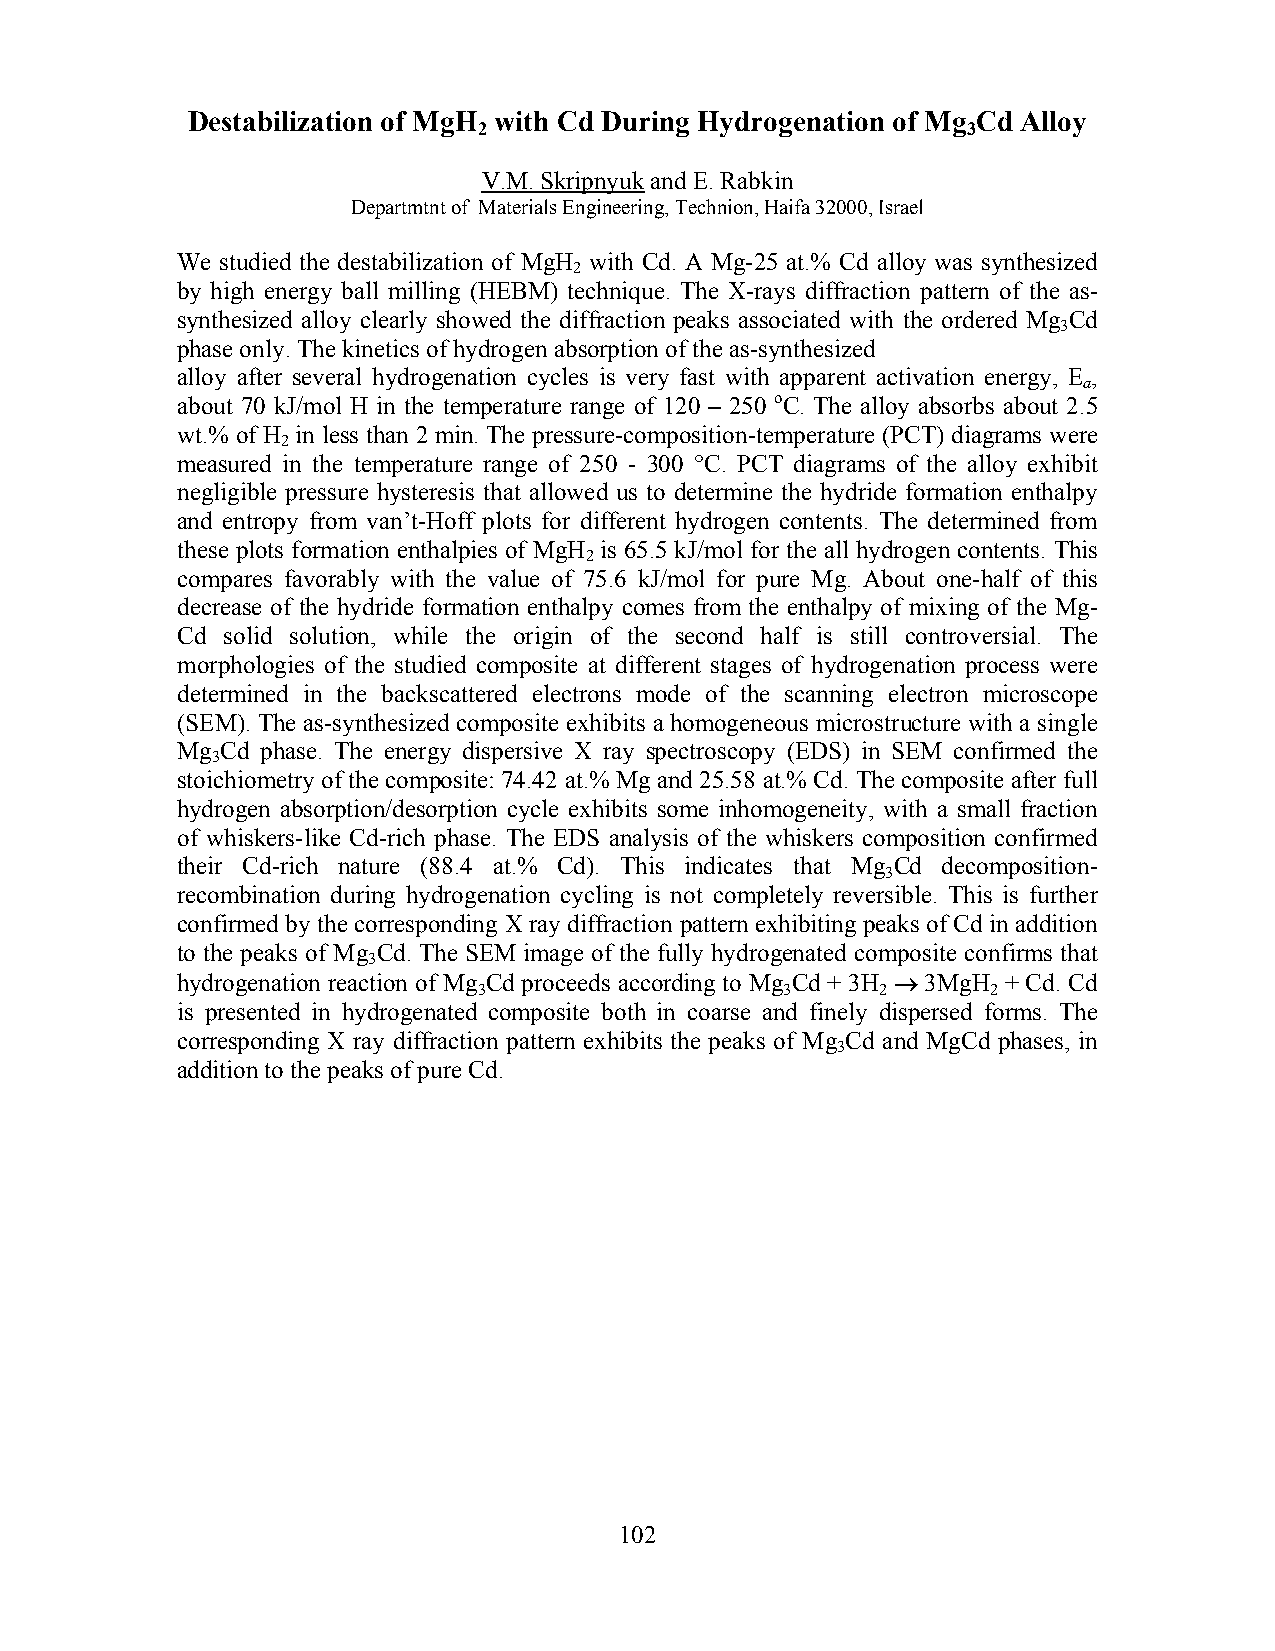
Destabilization of MgH with Cd During Hydrogenation of Mg Cd Alloy
 2                               3
 V.M. Skripnyuk and E. Rabkin
 Departmtnt of Materials Engineering, Technion, Haifa 32000, Israel
 We studied the destabilization of MgH with Cd. A Mg-25 at.% Cd alloy was synthesized
 2
 by high energy ball milling (HEBM) technique. The X-rays diffraction pattern of the as-
 synthesized alloy clearly showed the diffraction peaks associated with the ordered Mg Cd
 3
 phase only. The kinetics of hydrogen absorption of the as-synthesized
 alloy after several hydrogenation cycles is very fast with apparent activation energy, E ,
 a
 about 70 kJ/mol H in the temperature range of 120 – 250 oC. The alloy absorbs about 2.5
 wt.% of H in less than 2 min. The pressure-composition-temperature (PCT) diagrams were
 2
 measured in the temperature range of 250 - 300 °C. PCT diagrams of the alloy exhibit
 negligible pressure hysteresis that allowed us to determine the hydride formation enthalpy
 and entropy from van’t-Hoff plots for different hydrogen contents. The determined from
 these plots formation enthalpies of MgH is 65.5 kJ/mol for the all hydrogen contents. This
 2
 compares favorably with the value of 75.6 kJ/mol for pure Mg. About one-half of this
 decrease of the hydride formation enthalpy comes from the enthalpy of mixing of the Mg-
 Cd solid solution, while the origin of the second half is still controversial. The
 morphologies of the studied composite at different stages of hydrogenation process were
 determined in the backscattered electrons mode of the scanning electron microscope
 (SEM). The as-synthesized composite exhibits a homogeneous microstructure with a single
 Mg Cd phase. The energy dispersive X ray spectroscopy (EDS) in SEM confirmed the
 3
 stoichiometry of the composite: 74.42 at.% Mg and 25.58 аt.% Cd. The composite after full
 hydrogen absorption/desorption cycle exhibits some inhomogeneity, with a small fraction
 of whiskers-like Cd-rich phase. The EDS analysis of the whiskers composition confirmed
 their Cd-rich nature (88.4 at.% Cd). This indicates that Mg Cd decomposition-
 3
 recombination during hydrogenation cycling is not completely reversible. This is further
 confirmed by the corresponding X ray diffraction pattern exhibiting peaks of Cd in addition
 to the peaks of Mg Cd. The SEM image of the fully hydrogenated composite confirms that
 3
 hydrogenation reaction of Mg Cd proceeds according to Mg Cd + 3H → 3MgH + Cd. Cd
 3                   3     2       2
 is presented in hydrogenated composite both in coarse and finely dispersed forms. The
 corresponding X ray diffraction pattern exhibits the peaks of Mg Cd and MgCd phases, in
 3
 addition to the peaks of pure Cd.
 102